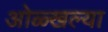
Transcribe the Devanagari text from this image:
ओळ्खल्या